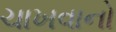
ચાખવાનો